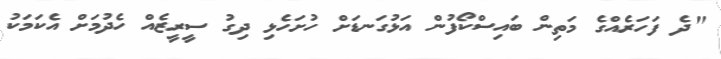
"ދެ ފަހަރެއްގެ މަތިން ބައިސްކޯފުން އަޅުގަނޑަށް ހުށަހެޅި ދިގު ސީރީޒެއް ހެދުމަށް އެކަމަކު